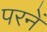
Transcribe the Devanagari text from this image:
परनें